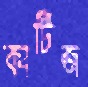
কার্টিজ